Annual report on the working of the mental hospitals in the Madras Presidency - 1912-1932
Year: 1912
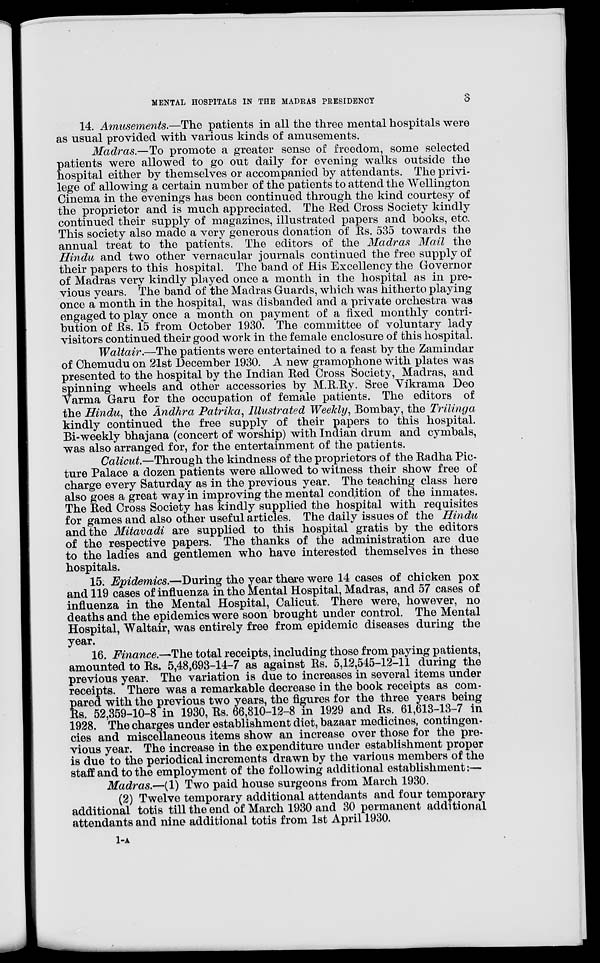
MENTAL HOSPITALS IN THE MADRAS PRESIDENCY
3
14. Amusements.—The patients in all the three mental hospitals were
as usual provided with various kinds of amusements.
Madras.—To promote a greater sense of freedom, some selected
patients were allowed to go out daily for evening walks outside the
hospital either by themselves or accompanied by attendants. The privi
lege of allowing a certain number of the patients to attend the Wellington
Cinema in the evenings has been continued through the kind courtesy of
the proprietor and is much appreciated. The Red Cross Society kindly
continued their supply of magazines, illustrated papers and books, etc.
This society also made a very generous donation of Rs. 535 towards the
annual treat to the patients. The editors of the Madras Mail the
Hindu and two other vernacular journals continued the free supply of
their papers to this hospital. The band of His Excellency the Governor
of Madras very kindly played once a month in the hospital as in pre
vious years. The band of the Madras Guards, which was hitherto playing
once a month in the hospital, was disbanded and a private orchestra was
engaged to play once a month on payment of a fixed monthly contri
bution of Rs. 15 from October 1930. The committee of voluntary lady
visitors continued their good work in the female enclosure of this hospital.
Waltair.—The patients were entertained to a feast by the Zamindar
of Chemudu on 21st December 1930. A new gramophone with plates was
presented to the hospital by the Indian Red Cross Society, Madras, and
spinning wheels and other accessories by M.R.Ry. Sree Vikrama Deo
Varma Garu for the occupation of female patients. The editors of
the Hindu, the Āndhra Patrika, Illustrated Weekly, Bombay, the Trilinga
kindly continued the free supply of their papers to this hospital.
Bi-weekly bhajana (concert of worship) with Indian drum and cymbals,
was also arranged for, for the entertainment of the patients.
Calicut.—Through the kindness of the proprietors of the Radha Pic
ture Palace a dozen patients were allowed to witness their show free of
charge every Saturday as in the previous year. The teaching class here
also goes a great way in improving the mental condition of the inmates.
The Red Cross Society has kindly supplied the hospital with requisites
for games and also other useful articles. The daily issues of the Hindu
and the Mitavadi are supplied to this hospital gratis by the editors
of the respective papers. The thanks of the administration are due
to the ladies and gentlemen who have interested themselves in these
hospitals.
15. Epidemics.—During the year there were 14 cases of chicken pox
and 119 cases of influenza in the Mental Hospital, Madras, and 57 cases of
influenza in the Mental Hospital, Calicut. There were, however, no
deaths and the epidemics were soon brought under control. The Mental
Hospital, Waltair, was entirely free from epidemic diseases during the
year.
16. Finance.—The total receipts, including those from paying patients,
amounted to Rs. 5,48,693-14-7 as against Rs. 5,12,545-12-11 during the
previous year. The variation is due to increases in several items under
receipts. There was a remarkable decrease in the book receipts as com
pared with the previous two years, the figures for the three years being
Rs. 52,359-10-8 in 1930, Rs. 66,810-12-8 in 1929 and Rs. 61,613-13-7 in
1928. The charges under establishment diet, bazaar medicines, contingen
cies and miscellaneous items show an increase over those for the pre
vious year. The increase in the expenditure under establishment proper
is due to the periodical increments drawn by the various members of the
staff and to the employment of the following additional establishment:—
Madras.—(1) Two paid house surgeons from March 1930.
(2) Twelve temporary additional attendants and four temporary
additional totis till the end of March 1930 and 30 permanent additional
attendants and nine additional totis from 1st April 1930.
1-A